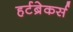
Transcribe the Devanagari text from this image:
हर्टब्रेकर्स